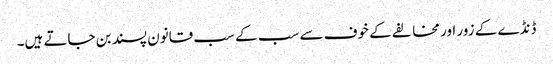
ڈنڈے کے زور اور مخالفے کے خوف سے سب کے سب قانون پسند بن جاتے ہیں۔